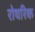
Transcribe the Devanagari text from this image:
रोथरिक